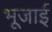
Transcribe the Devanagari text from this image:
भूजाई